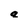
Character: a